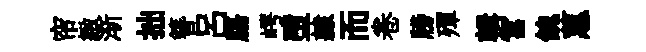
帘緻渐拙簪呂膓崿墮隷而卷牓殫輯宫餽蕙